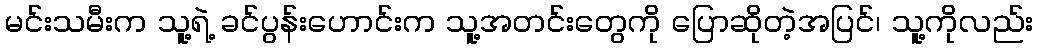
မင်းသမီးက သူ့ရဲ့ ခင်ပွန်းဟောင်းက သူ့အတင်းတွေကို ပြောဆိုတဲ့အပြင်၊ သူ့ကိုလည်း